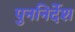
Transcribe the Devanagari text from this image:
पुननिर्देश